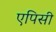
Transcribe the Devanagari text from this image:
एपिसी